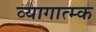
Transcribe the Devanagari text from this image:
व्यागात्म्क